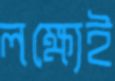
লক্ষ্যেই